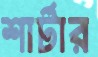
শার্টার